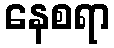
နေစရာ